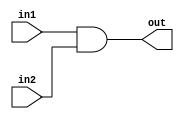
module bit32AND (out,in1,in2);
input [31:0] in1,in2;
output [31:0] out;
assign {out}=in1 &in2;
endmodule

module bit32OR(out,in1,in2);
input [31:0] in1,in2;
output [31:0] out;
assign out = in1 | in2;
endmodule

module FA_dataflow (Cout, Sum,In1,In2,Cin);
input [31:0] In1,In2;
input Cin;
output Cout;
output [31:0] Sum;
assign {Cout,Sum}=In1+In2+Cin;
endmodule

module mux2to1(out,sel,in1,in2,in3);
 input in1,in2,in3;input [1:0] sel;
 output out;
 wire [1:0] not_sel;wire a1,a2,a3;
 not (not_sel[0],sel[0]);
 not (not_sel[1],sel[1]);
 and (a1,not_sel[1],not_sel[0],in1);
 and (a2,not_sel[1],sel[0],in2);
 and (a3,sel[1],not_sel[0],in3);
 or (out,a1,a2,a3);
endmodule

module bit8_2to1mux(out,sel,in1,in2,in3);
 input [7:0] in1,in2,in3;
 output [7:0] out;
 input [1:0] sel;
 genvar j;

 generate for (j=0; j<8;j=j+1) begin: mux_loop

 mux2to1 m1(out[j],sel,in1[j],in2[j],in3[j]);

end
endgenerate
endmodule

module bit32_2to1mux(out,sel,in1,in2,in3);
	input [31:0] in1,in2,in3;
	output [31:0] out;
	input [1:0] sel;
	genvar j;
	generate for(j=0;j<25;j=j+8) 
		begin:mux1_loop
			bit8_2to1mux s1(out[j+7:j],sel,in1[j+7:j],in2[j+7:j],in3[j+7:j]);
		end
	endgenerate
endmodule

module ALU(a,b,binvert,cin,op,out,cout);
	input [31:0] a,b;
	input binvert,cin;
	input [1:0] op;
	output cout;
	output [31:0] out;
	wire [31:0] nd,o,sum, i;
	assign i = binvert ? ~b:b;
	bit32AND a1(nd,a,b);
	bit32OR b1(o,a,b);
	FA_dataflow f(cout,sum,a,i,cin);
	bit32_2to1mux m1(out,op,nd,o,sum);
endmodule